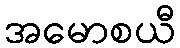
အမောစယီ